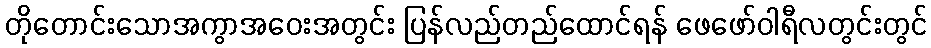
တိုတောင်းသောအကွာအဝေးအတွင်း ပြန်လည်တည်ထောင်ရန် ဖေဖော်ဝါရီလတွင်းတွင်